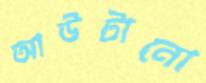
আউটানো